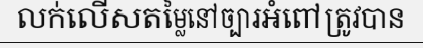
លក់លើសតម្លៃនៅច្បារអំពៅត្រូវបាន